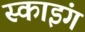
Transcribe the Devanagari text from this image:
स्‍काइंग